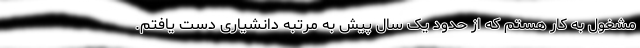
مشغول به کار هستم که از حدود یک سال پیش به مرتبه دانشیاری دست یافتم.